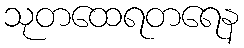
သုတထေရတရေန